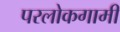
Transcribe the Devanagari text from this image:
परलोकगामी